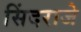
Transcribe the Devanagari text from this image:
सिंदराजे